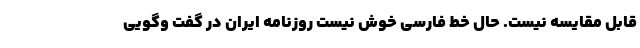
قابل مقایسه نیست. حال خط فارسی خوش نیست روزنامه ایران در گفت وگویی